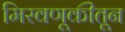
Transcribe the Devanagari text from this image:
मिरवणूकीतून